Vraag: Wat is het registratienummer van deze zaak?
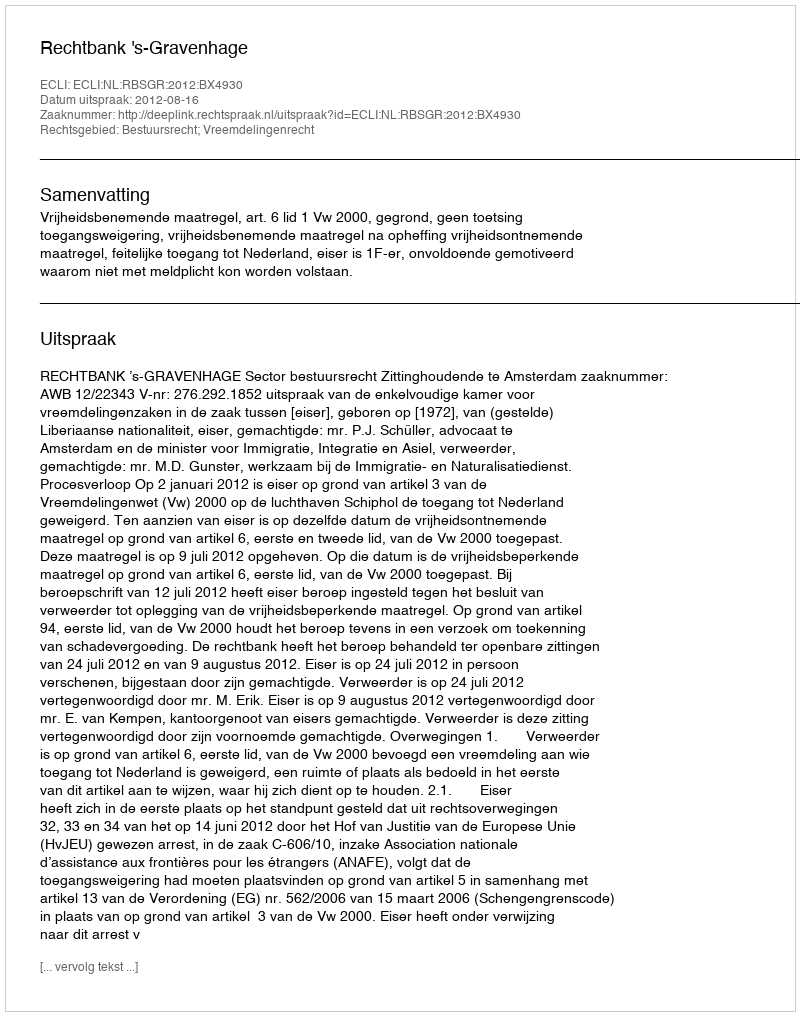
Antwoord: http://deeplink.rechtspraak.nl/uitspraak?id=ECLI:NL:RBSGR:2012:BX4930